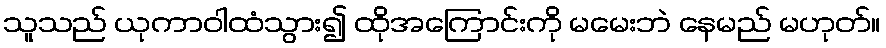
သူသည် ယုကာဝါထံသွား၍ ထိုအကြောင်းကို မမေးဘဲ နေမည် မဟုတ်။